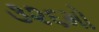
૩૨૬મો